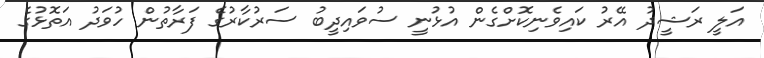
އަލީ ރަޝީދު އޭރު ކައިވެނިކޮށްގެން އުޅުނީ ސުވައިދީބު ސަރުކާރުގެ ފަރާތުން ހުވަދު އަތޮޅުގެ